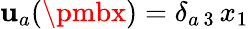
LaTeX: \mathbf{u}_{a}({\pmbx})=\delta_{a\, 3}\, x_{1}